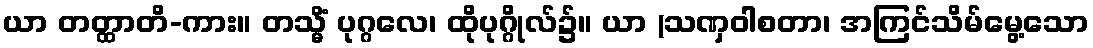
ယာ တတ္ထာတိ-ကား။ တသ္မိံ ပုဂ္ဂလေ၊ ထိုပုဂ္ဂိုလ်၌။ ယာ (သဏှဝါစတာ၊ အကြင်သိမ်မွေ့သော